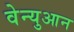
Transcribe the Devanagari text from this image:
वेन्युआन